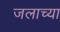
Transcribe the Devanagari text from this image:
जलाच्या